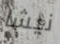
نيشا